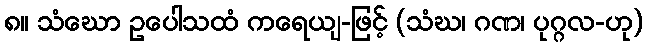
၈။ သံဃော ဥပေါသထံ ကရေယျ-ဖြင့် (သံဃ၊ ဂဏ၊ ပုဂ္ဂလ-ဟု)